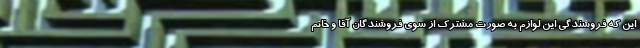
این که فروشندگی این لوازم به صورت مشترک از سوی فروشندگان آقا و خانم